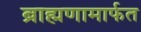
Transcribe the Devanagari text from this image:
ब्राह्मणामार्फत